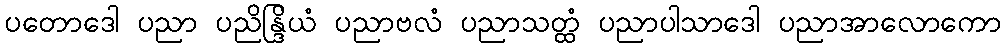
ပတောဒေါ ပညာ ပညိန္ဒြိယံ ပညာဗလံ ပညာသတ္ထံ ပညာပါသာဒေါ ပညာအာလောကော